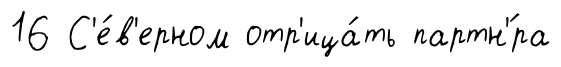
16 С'е́в'ерном отр'ица́ть партн'́ра